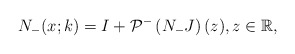
\begin{align*}N_-(x;k) = I+ \mathcal{P}^{-}\left(N_{-} J \right)(z), z \in \mathbb{R},\end{align*}